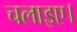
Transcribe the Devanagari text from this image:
चलाइए।